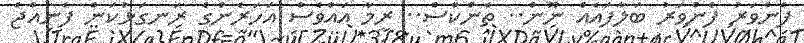
ފެންވަރު ފެންވަރު ބަލާފައެއް ނޫން.. ތެންކްސް.. ރީމާ އައްވެސް އަހަރެންގެ ރަނގަޅުކަން ފެނިއްޖެ